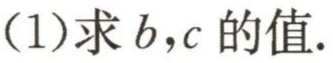
(1)求\(b,c\)的值.